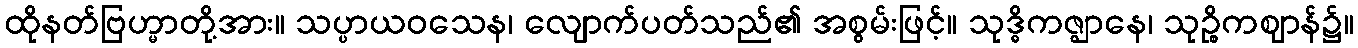
ထိုနတ်ဗြဟ္မာတို့အား။ သပ္ပာယဝသေန၊ လျောက်ပတ်သည်၏ အစွမ်းဖြင့်။ သုဒ္ဓိကဇ္ဈာနေ၊ သုဉ္စိကဈာန်၌။